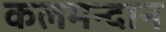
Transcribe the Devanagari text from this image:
कलमन्दान